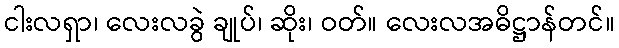
ငါးလရှာ၊ လေးလခွဲ ချုပ်၊ ဆိုး၊ ဝတ်။ လေးလအဓိဋ္ဌာန်တင်။